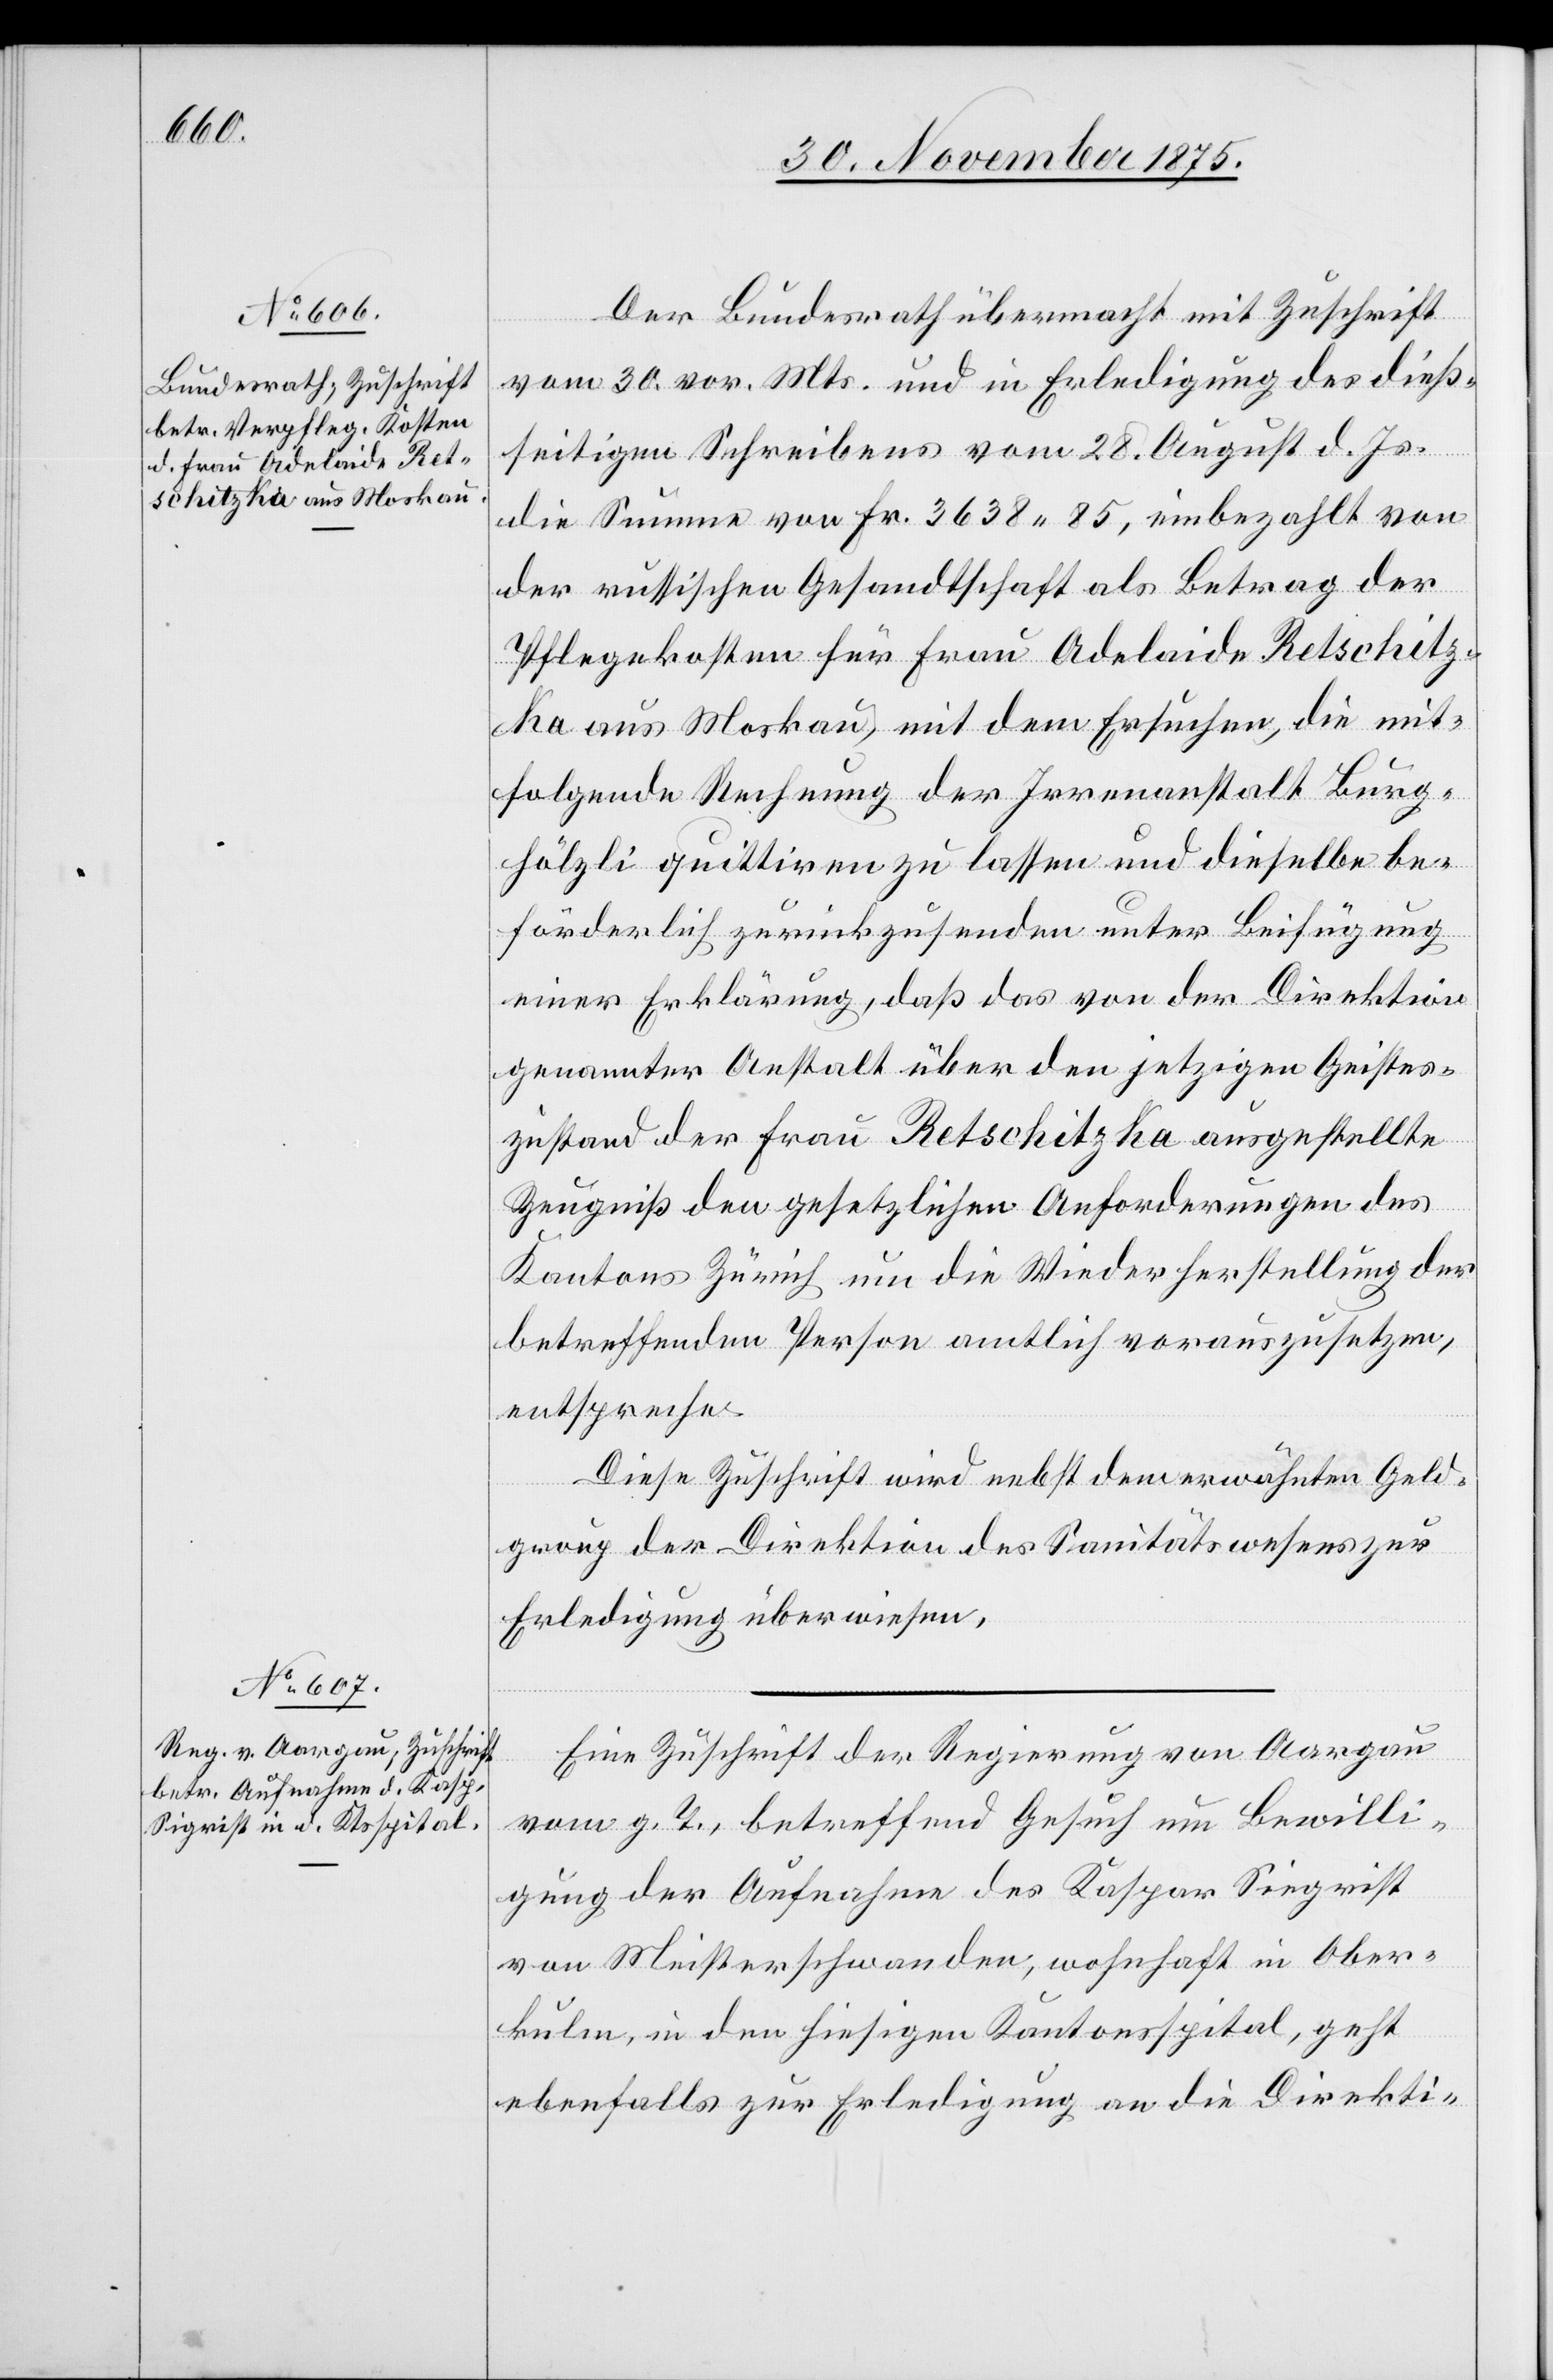
2. December 1875.]
Der Bundesrath übermacht mit Zuschrift
vom 30. vor. Mts. und in Erledigung des dieß¬
seitigen Schreibens vom 28. August d. Js.
die Summe von Fr. 3638 85, einbezahlt von
der russischen Gesandtschaft als Betrag der
Pflegekosten für Frau Adelaide Retschitz¬
ka aus Moskau, mit dem Ersuchen, die mit¬
folgende Rechnung der Irrenanstalt Burg¬
hölzli quittiren zu lassen und dieselbe be¬
förderlich zurückzusenden unter Beifügung
einer Erklärung, daß das von der Direktion
genannter Anstalt über den jetzigen Geistes¬
zustand der Frau Retschitzka ausgestellte
Zeugniß den gesetzlichen Anforderungen des
Kantons Zürich um die Wiederherstellung der
betreffenden Person amtlich vorauszusetzen,
entspreche.
Diese Zuschrift wird nebst dem erwähnten Geld¬
group der Direktion des Sanitätswesens zur
Erledigung überwiesen.
Eine Zuschrift der Regierung von Aargau
vom g. T., betreffend Gesuch um Bewilli¬
gung der Aufnahme des Kaspar Siegrist
von Meisterschwanden, wohnhaft in Ober¬
kulm, in den hiesigen Kantonsspital, geht
ebenfalls zur Erledigung an die Direkti-